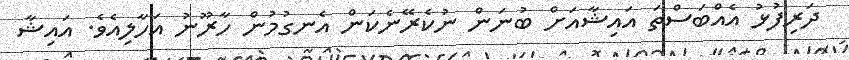
ދަރިފުޅު އެއްބަސްތަ އައިޝާއަށް ބުނަން ނުކެރޭނެކަން އެނގުމުން ހާރޫނު އަހާލިއެވެ. އައިޝާ